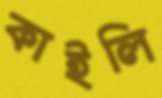
কাইলি